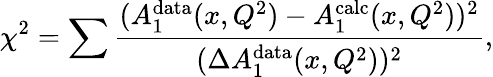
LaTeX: \chi^{2}=\sum\frac{(A_{1}^{\mathrm{data}}(x,Q^{2})-A_{1}^{\mathrm{calc}}(x,Q^{2}))^{2}}{(\Delta A_{1}^{\mathrm{data}}(x,Q^{2}))^{2}},